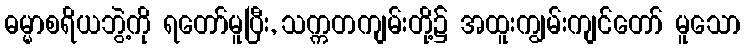
ဓမ္မာစရိယဘွဲ့ကို ရတော်မူပြီး, သက္ကတကျမ်းတို့၌ အထူးကျွမ်းကျင်တော် မူသော